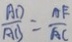
\frac { A D } { A B } = \frac { A E } { A C }